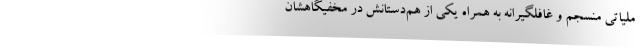
ملیاتی منسجم و غافلگیرانه به همراه یکی از هم‌دستانش در مخفیگاهشان